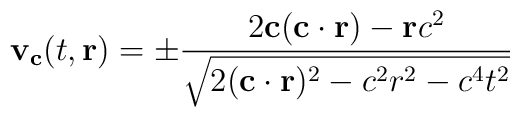
{\bf{v_c}} (t, {\bf{r}}) = \pm \frac{2{\bf c} ({\bf{c\cdot r}}) - {\bf {r}} c^2}{\sqrt{2({\bf{c\cdot r}})^2 - c^2 r^2- c^4 t^2}}